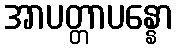
အာပတ္တာပန္နော